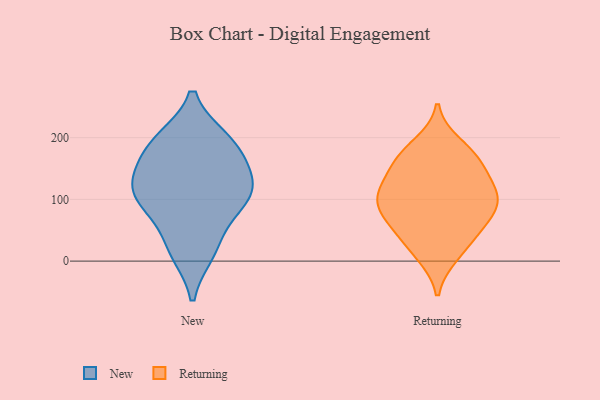
{"axis": {"x": "Revenue (USD Million)", "y": "Value"}, "legend": ["New", "Returning"], "data": [{"x": "", "y": 195, "type": "New"}, {"x": "", "y": 92, "type": "New"}, {"x": "", "y": 185, "type": "New"}, {"x": "", "y": 128, "type": "New"}, {"x": "", "y": 96, "type": "New"}, {"x": "", "y": 191, "type": "New"}, {"x": "", "y": 16, "type": "New"}, {"x": "", "y": 27, "type": "New"}, {"x": "", "y": 115, "type": "New"}, {"x": "", "y": 152, "type": "New"}, {"x": "", "y": 111, "type": "New"}, {"x": "", "y": 49, "type": "Returning"}, {"x": "", "y": 163, "type": "Returning"}, {"x": "", "y": 189, "type": "Returning"}, {"x": "", "y": 119, "type": "Returning"}, {"x": "", "y": 10, "type": "Returning"}, {"x": "", "y": 166, "type": "Returning"}, {"x": "", "y": 102, "type": "Returning"}, {"x": "", "y": 94, "type": "Returning"}, {"x": "", "y": 85, "type": "Returning"}, {"x": "", "y": 137, "type": "Returning"}, {"x": "", "y": 167, "type": "Returning"}, {"x": "", "y": 111, "type": "Returning"}, {"x": "", "y": 61, "type": "Returning"}, {"x": "", "y": 19, "type": "Returning"}, {"x": "", "y": 61, "type": "Returning"}, {"x": "", "y": 101, "type": "Returning"}]}